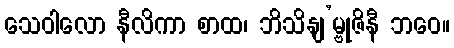
သေဝါလော နီလိကာ စာထ၊ ဘိသိနျ’မ္ဗုဇိနီ ဘဝေ။